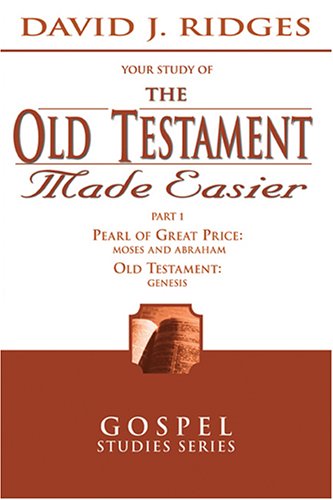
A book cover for The Old Testament Made Easier, Vol. 1 (Gospel Studies); David J. Ridges; Christian Books & Bibles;